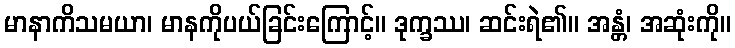
မာနာကိသမယာ၊ မာနကိုပယ်ခြင်းကြောင့်။ ဒုက္ခဿ၊ ဆင်းရဲ၏။ အန္တံ၊ အဆုံးကို။